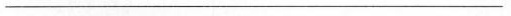
___